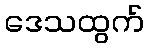
ဒေသထွက်